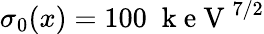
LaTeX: \sigma_{0}(x)=100\; \mathrm{~k~e~V~}^{7/2}